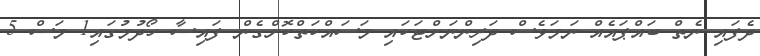
ދެފައި ނެތް ބަައްޕައެއް ނަަމަވެސް ދަރިންނަށްޓަކައި މަސައްކަތްކޮށްގެން ފައިސާ ހޯދުމުގައި1 މަސް 5